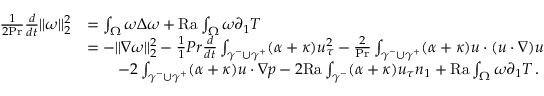
\begin{array} { r l } { \frac { 1 } { 2 \mathrm { P r } } \frac { d } { d t } \| \omega \| _ { 2 } ^ { 2 } } & { = \int _ { \Omega } \omega \Delta \omega + \mathrm { { R a } } \int _ { \Omega } \omega \partial _ { 1 } T } \\ & { = - \| \nabla \omega \| _ { 2 } ^ { 2 } - \frac { 1 } { 1 } { { P r } } \frac { d } { d t } \int _ { \gamma ^ { - } \cup \gamma ^ { + } } ( \alpha + \kappa ) u _ { \tau } ^ { 2 } - \frac { 2 } { \mathrm { P r } } \int _ { \gamma ^ { - } \cup \gamma ^ { + } } ( \alpha + \kappa ) u \cdot ( u \cdot \nabla ) u } \\ & { \qquad - 2 \int _ { \gamma ^ { - } \cup \gamma ^ { + } } ( \alpha + \kappa ) u \cdot \nabla p - 2 \mathrm { { R a } } \int _ { \gamma ^ { - } } ( \alpha + \kappa ) u _ { \tau } n _ { 1 } + { \mathrm { R a } } \int _ { \Omega } \omega \partial _ { 1 } T \, . } \end{array}